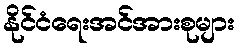
နိုင်ငံရေးအင်အားစုများ